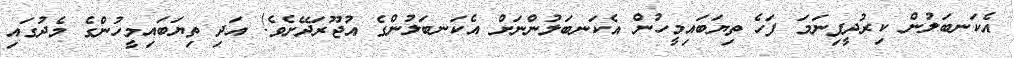
އެކަނބަލުން ކިރުދީފިނަމަ ފަހެ ތިޔަބައިމީހުން އެކަނބަލުންނަށް އެކަނބަލުންގެ އުޖޫރަދޭށެވެ! އަދި ތިޔަބައިމީހުންގެ މެދުގައި